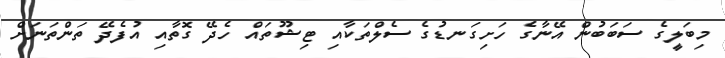
މިބަލީގެ ސަބަބުން އޭނާގެ ހަށިގަނޑުގެ ސެލްތަކާއި ޓިޝޫތައް ހެދޭ ގޮތާއި އުފެދޭ ތަންތަނަށް